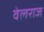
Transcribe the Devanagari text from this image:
वेलराज